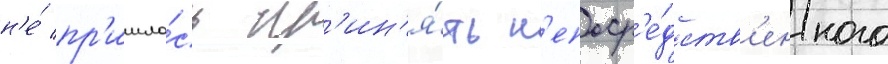
н'е́ пр'ишло́сь пр'ин'я́ть н'епоср'е́дств'енного